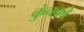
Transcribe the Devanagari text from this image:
कुंचको